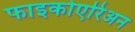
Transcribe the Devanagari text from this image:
फाइकोएरिअन